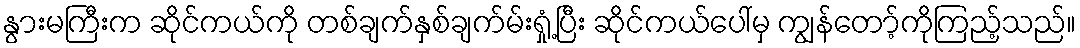
နွားမကြီးက ဆိုင်ကယ်ကို တစ်ချက်နှစ်ချက်မ်းရှုံ့ပြီး ဆိုင်ကယ်ပေါ်မှ ကျွန်တော့်ကိုကြည့်သည်။